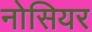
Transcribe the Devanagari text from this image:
नोसियर